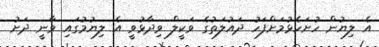
އެ ލިޔުން ހުށަހެޅުމަށްފަހު ދައުލަތުގެ ވަކީލް ވިދާޅުވީ އެ ލިޔުމުގައި ވާނީ ދަށު